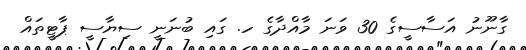
ގާނޫނު އަސާސީގެ 30 ވަނަ މާއްދާގެ ހ. ގައި ބުނަނީ ސިޔާސީ ޕާޓީތައް